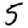
Digit: 5